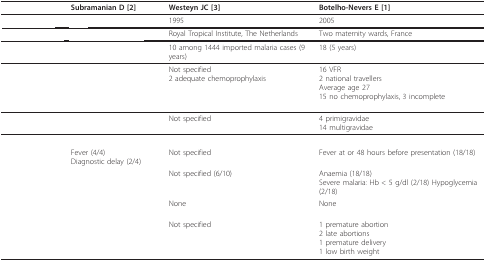
<table><thead><tr><td>[EMPTY_CELL]</td><td><b>Subramanian D [2]</b></td><td><b>Westeyn JC [3]</b></td><td><b>Botelho-Nevers E [1]</b></td></tr></thead><tbody><tr><td>[EMPTY_CELL]</td><td>[EMPTY_CELL]</td><td>1995</td><td>2005</td></tr><tr><td>[EMPTY_CELL]</td><td>[EMPTY_CELL]</td><td>Royal Tropical Institute, The Netherlands</td><td>Two maternity wards, France</td></tr><tr><td>[EMPTY_CELL]</td><td>[EMPTY_CELL]</td><td>10 among 1444 imported malaria cases (9 years)</td><td>18 (5 years)</td></tr><tr><td>[EMPTY_CELL]</td><td>[EMPTY_CELL]</td><td>Not specified2 adequate chemoprophylaxis</td><td>16 VFR2 national travellersAverage age 2715 no chemoprophylaxis, 3 incomplete</td></tr><tr><td>[EMPTY_CELL]</td><td>[EMPTY_CELL]</td><td>Not specified</td><td>4 primigravidae14 multigravidae</td></tr><tr><td>[EMPTY_CELL]</td><td>[EMPTY_CELL]</td><td>[EMPTY_CELL]</td><td>[EMPTY_CELL]</td></tr><tr><td>[EMPTY_CELL]</td><td>Fever (4/4)Diagnostic delay (2/4)</td><td>Not specified</td><td>Fever at or 48 hours before presentation (18/18)</td></tr><tr><td>[EMPTY_CELL]</td><td>[EMPTY_CELL]</td><td>Not specified (6/10)</td><td>Anaemia (18/18)Severe malaria: Hb &lt; 5 g/dl (2/18) Hypoglycemia (2/18)</td></tr><tr><td>[EMPTY_CELL]</td><td>[EMPTY_CELL]</td><td>None</td><td>None</td></tr><tr><td>[EMPTY_CELL]</td><td>[EMPTY_CELL]</td><td>Not specified</td><td>1 premature abortion2 late abortions1 premature delivery1 low birth weight</td></tr></tbody></table>